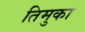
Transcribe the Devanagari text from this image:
तिमुका